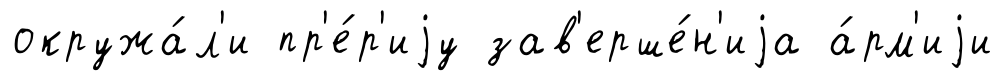
окружа́л'и пр'е́р'иjу зав'ерше́н'иjа а́рм'иjи